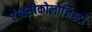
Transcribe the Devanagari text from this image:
टोक्सीकोलोजिस्टों